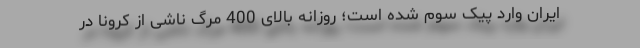
ایران وارد پیک سوم شده است؛ روزانه بالای 400 مرگ ناشی از کرونا در